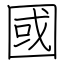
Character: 國